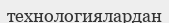
технологиялардан